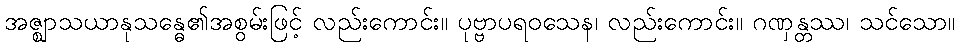
အဇ္ဈာသယာနုသန္ဓေ၏အစွမ်းဖြင့် လည်းကောင်း။ ပုဗ္ဗာပရဝသေန၊ လည်းကောင်း။ ဂဏှန္တဿ၊ သင်သော။